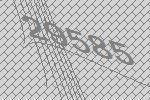
29585